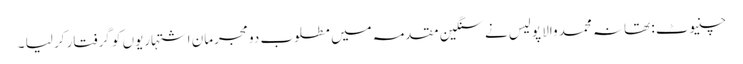
چنیوٹ : تھانہ محمد والا پولیس نے سنگین مقدمہ میں مطلوب دو مجرمان اشتہاریوں کو گرفتار کر لیا ۔